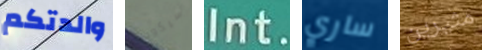
والدتكم سيكون Int. ساري مثيرين